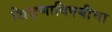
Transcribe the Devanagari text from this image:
शिक्षणाविषयीचा